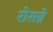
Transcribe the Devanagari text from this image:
रोसन्ने